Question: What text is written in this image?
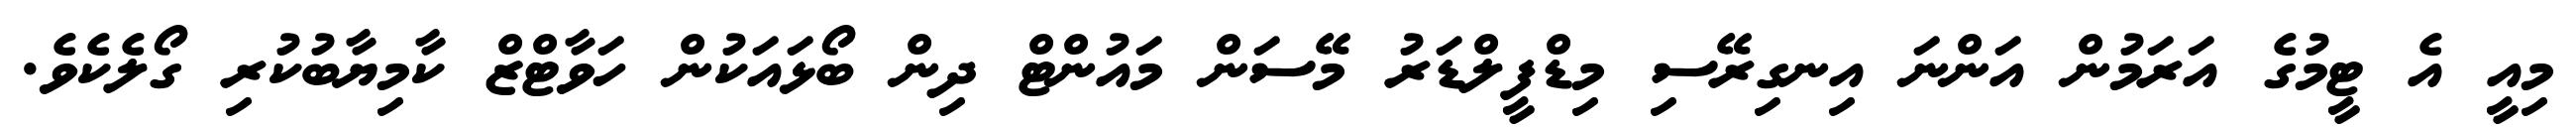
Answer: މިއީ އެ ޓީމުގެ އަރަމުން އަންނަ އިނގިރޭސި މިޑްފީލްޑަރު މޭސަން މައުންޓް ދިން ބޯޅައަކުން ހަވާޓްޒް ކާމިޔާބުކުރި ގޯލެކެވެ.